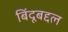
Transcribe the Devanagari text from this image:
बिंदूबद्दल